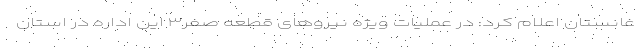
غانستان اعلام کرد: در عملیات ویژه نیروهای قطعه صفر۳ این اداره در استان